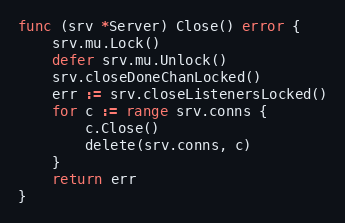
Language: Go
func (srv *Server) Close() error {
	srv.mu.Lock()
	defer srv.mu.Unlock()
	srv.closeDoneChanLocked()
	err := srv.closeListenersLocked()
	for c := range srv.conns {
		c.Close()
		delete(srv.conns, c)
	}
	return err
}